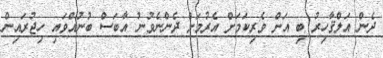
ދެން އަލްޤާހިރު ބި އަށް ވެރިކަމަށް އެރުމަށް ދެންނެވުނު އާބަސް ބުނުއްވައި ހިޖުރައިން